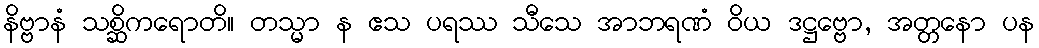
နိဗ္ဗာနံ သစ္ဆိကရောတိ။ တသ္မာ န ဧသ ပရဿ သီသေ အာဘရဏံ ဝိယ ဒဋ္ဌဗ္ဗော, အတ္တနော ပန